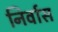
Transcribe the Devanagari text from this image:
निर्वास